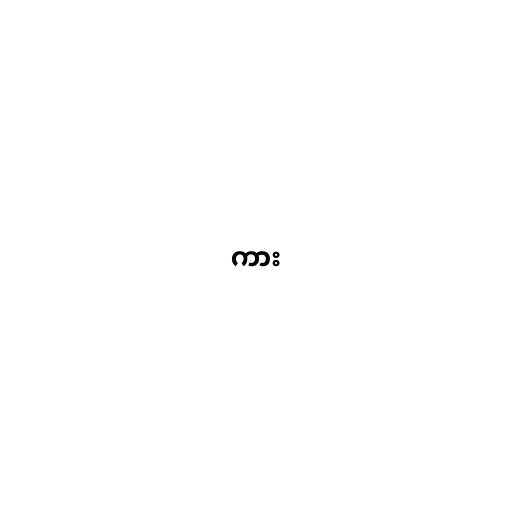
ကား